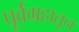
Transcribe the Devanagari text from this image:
पूर्वग्रहातून